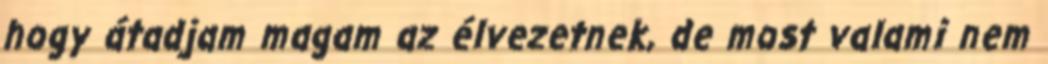
hogy átadjam magam az élvezetnek, de most valami nem